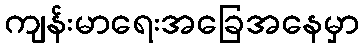
ကျန်းမာရေးအခြေအနေမှာ